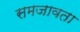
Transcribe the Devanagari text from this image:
समजावता